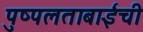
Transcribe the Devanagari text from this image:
पुष्पलताबाईंची